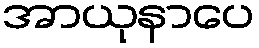
အာယုနာပေ